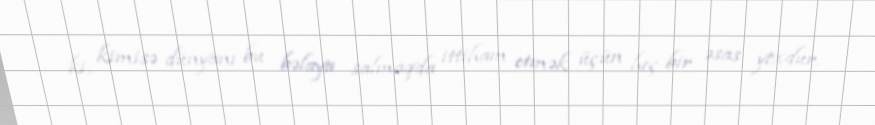
ki, kimisə dünyanı bu bəlaya salmaqda ittiham etmək üçün heç bir əsas yoxdur.